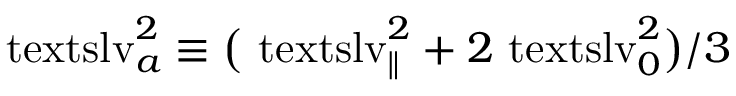
\mathrm { \ t e x t s l { v } } _ { a } ^ { 2 } \equiv \bigl ( \ensuremath { \mathrm { \ t e x t s l { v } } _ { \parallel } } ^ { 2 } + 2 \ensuremath { \mathrm { \ t e x t s l { v } } _ { 0 } } ^ { 2 } \bigr ) / 3